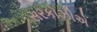
સરકોઝીએ